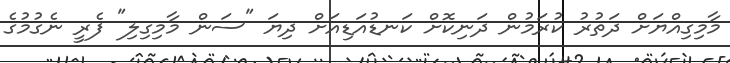
މާމިގިއްޔަށް ދަތުރު ކުރަމުން ދަނިކޮށް ކަނޑުއަޑިއަަށް ދިޔަ "ސަން މާމިގިލި" ފެރީ ނެގުމުގެ